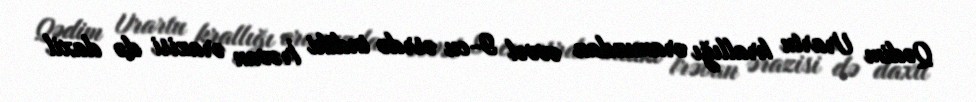
Qədim Urartu krallığı eramızdan əvvəl 9-cu əsrdə indiki İrəvan ərazisi də daxil